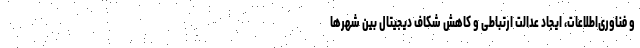
و فناوری‌اطلاعات، ایجاد عدالت ارتباطی و کاهش شکاف دیجیتال بین شهرها